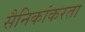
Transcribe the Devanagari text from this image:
सैनिकांकरता